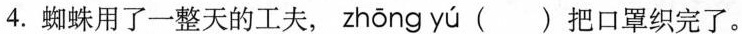
4.蜘蛛用了一整天的工夫， zhōng yú ( )把口罩织完了。